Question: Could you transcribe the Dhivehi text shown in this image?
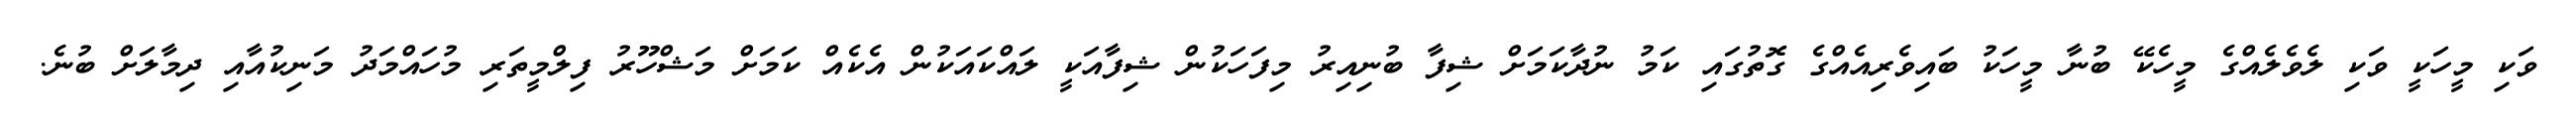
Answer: ވަކި މީހަކީ ވަކި ލެވެލެއްގެ މީހެކޭ ބުނާ މީހަކު ބައިވެރިއެއްގެ ގޮތުގައި ކަމު ނުދާކަމަށް ޝިފާ ބުނިއިރު މިފަހަކުން ޝިފާއަކީ ލައްކައަކުން އެކެއް ކަމަށް މަޝްހޫރު ފިލްމީތަރި މުހައްމަދު މަނިކުއާއި ދިމާލަށް ބުނެ.